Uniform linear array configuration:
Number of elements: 8
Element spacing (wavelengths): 1
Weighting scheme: hann
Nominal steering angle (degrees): -30
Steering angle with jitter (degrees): -29.044
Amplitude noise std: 0.05
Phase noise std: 0.05

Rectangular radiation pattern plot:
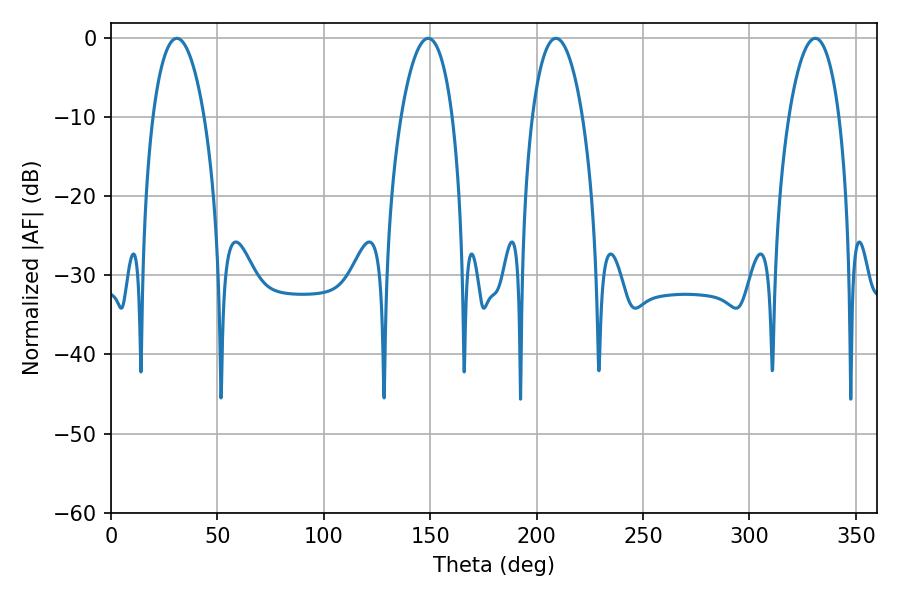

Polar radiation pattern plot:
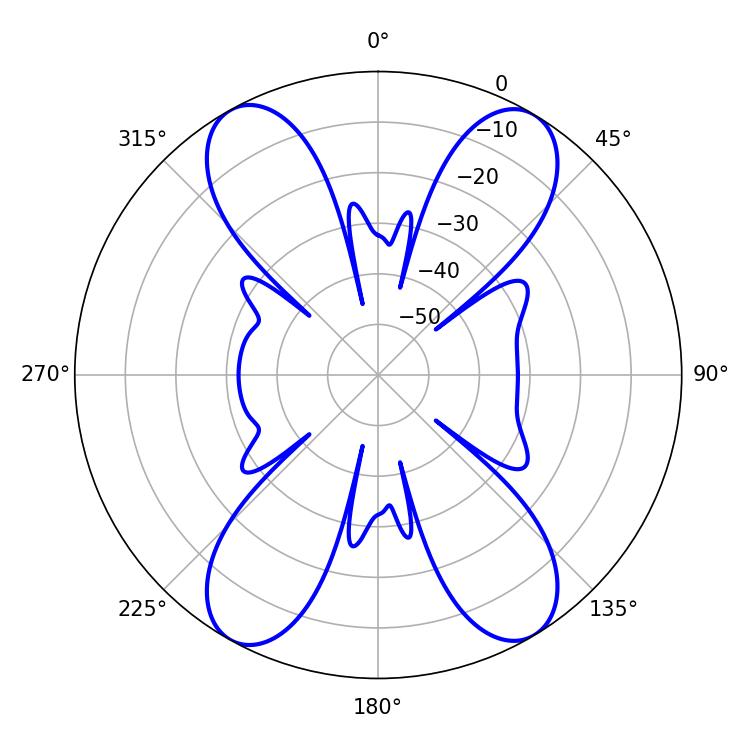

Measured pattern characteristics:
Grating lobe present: TRUE
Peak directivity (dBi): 20.053
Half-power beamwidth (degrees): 13.5
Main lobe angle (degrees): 30.96